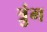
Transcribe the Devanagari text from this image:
त्रुंग